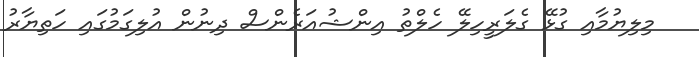
މިލިޔުމާއި ގުޅޭ ގެލަރީހިލޭ ހެލްތު އިންޝުއަރެންސް ދިނުން އުލިގަމުގައި ހަތިޔާރު